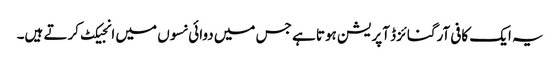
یہ ایک کافی آرگنائزڈ آپریشن ہوتا ہے جس میں دوائی نسوں میں انجیکٹ کرتے ہیں۔